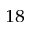
_ { 1 8 }